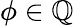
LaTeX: \phi\in\mathbb{Q}